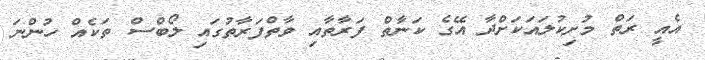
އެއީ ރަތް މުށިކުލައަކަށްދާ އޭގެ ކަނާތް ފަރާތާއި ވާތްފަރާތުގައި ލޯބްސް ތަކެއް ހުންނަ